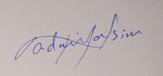
Signature authenticity: genuine